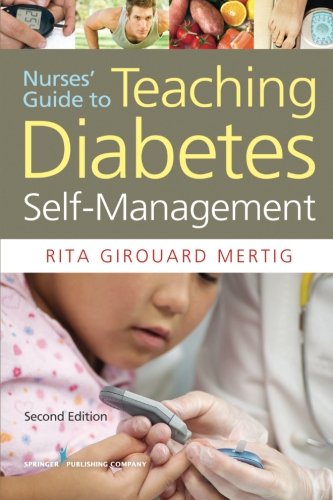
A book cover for Nurses' Guide to Teaching Diabetes Self-Management, Second Edition; Rita Girouard Mertig MS  RNC  CNS  DE; Medical Books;